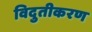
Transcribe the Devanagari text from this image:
विदुतीकरण